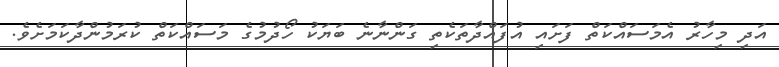
އަދި މިހާރު އެމަސައްކަތް ފަށައި އުފައްދާތަކެތި ގަންނާނެ ބަޔަކު ހޯދުމުގެ މަސައްކަތް ކުރަމުންދާކަމަށެވެ.